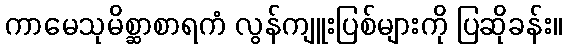
ကာမေသုမိစ္ဆာစာရကံ လွန်ကျူးပြစ်များကို ပြဆိုခန်း။